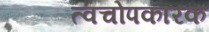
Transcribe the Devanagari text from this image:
त्वचोपकारक